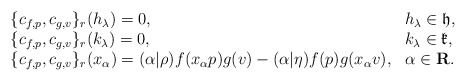
\begin{align*}\begin{array}{ll}\{c_{f,p},c_{g,v}\}_r(h_\lambda)=0, &h_\lambda\in\frak h,\\\{c_{f,p},c_{g,v}\}_r(k_\lambda)=0, &k_\lambda\in\frak k,\\\{c_{f,p},c_{g,v}\}_r(x_\alpha)=(\alpha|\rho)f(x_\alpha p)g(v)-(\alpha|\eta)f(p)g(x_\alpha v), &\alpha\in\bf R.\end{array}\end{align*}